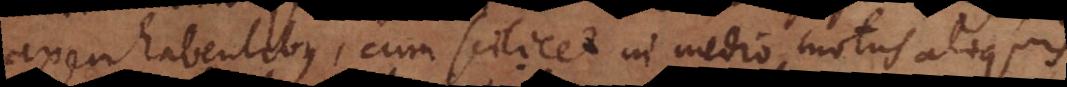
axem habentibus, cum scilicet in medio motus aliquis